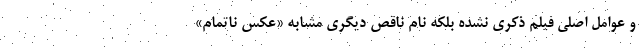
و عوامل اصلی فیلم ذکری نشده بلکه نام ناقص دیگری مشابه «عکس ناتمام»